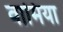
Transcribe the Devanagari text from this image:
वामिया